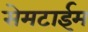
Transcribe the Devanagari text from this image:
सेमटाईम